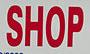
shop